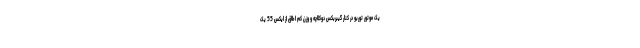
یک موتور توربو در کنار گیبربکس دوکلاچه و وزن کم اطاق از ایکس 55 یک